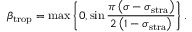
\beta _ { \mathrm { t r o p } } = \operatorname* { m a x } \left\{ 0 , \sin \frac { \pi \left( \sigma - \sigma _ { \mathrm { s t r a } } \right) } { 2 \left( 1 - \sigma _ { \mathrm { s t r a } } \right) } \right\} .